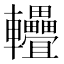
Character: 𨐁